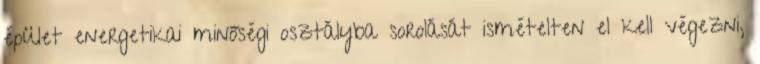
épület energetikai minőségi osztályba sorolását ismételten el kell végezni,